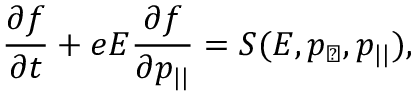
\frac { \partial f } { \partial t } + e E \frac { \partial f } { \partial p _ { | | } } = S ( E , p _ { \perp } , p _ { | | } ) ,